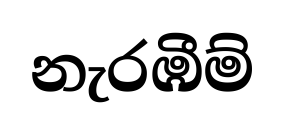
නැරඹීම්